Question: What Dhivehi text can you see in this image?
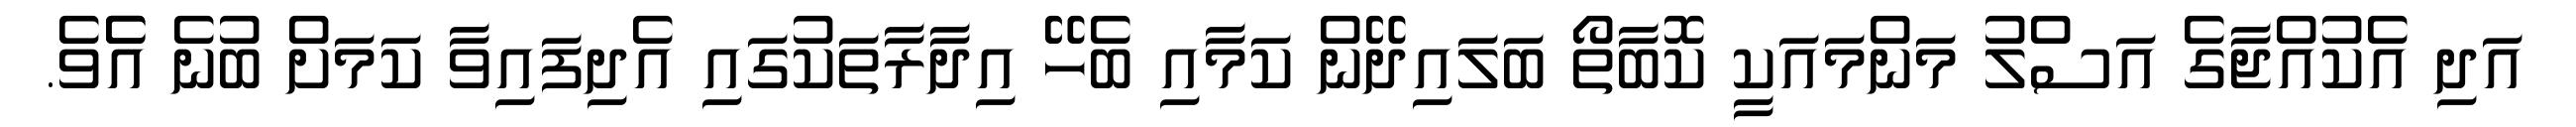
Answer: އަދި އެކުއްޖާގެ އަސްލު މަންމައަކީ ކޮބާތޯ ބަލައިދޭން ކަމާއި ބެހޭ އިދާރާތަކުގައި އެދިފައިވާ ކަމަށް ބުނެ އެެވެ.